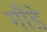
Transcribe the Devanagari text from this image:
गौडे